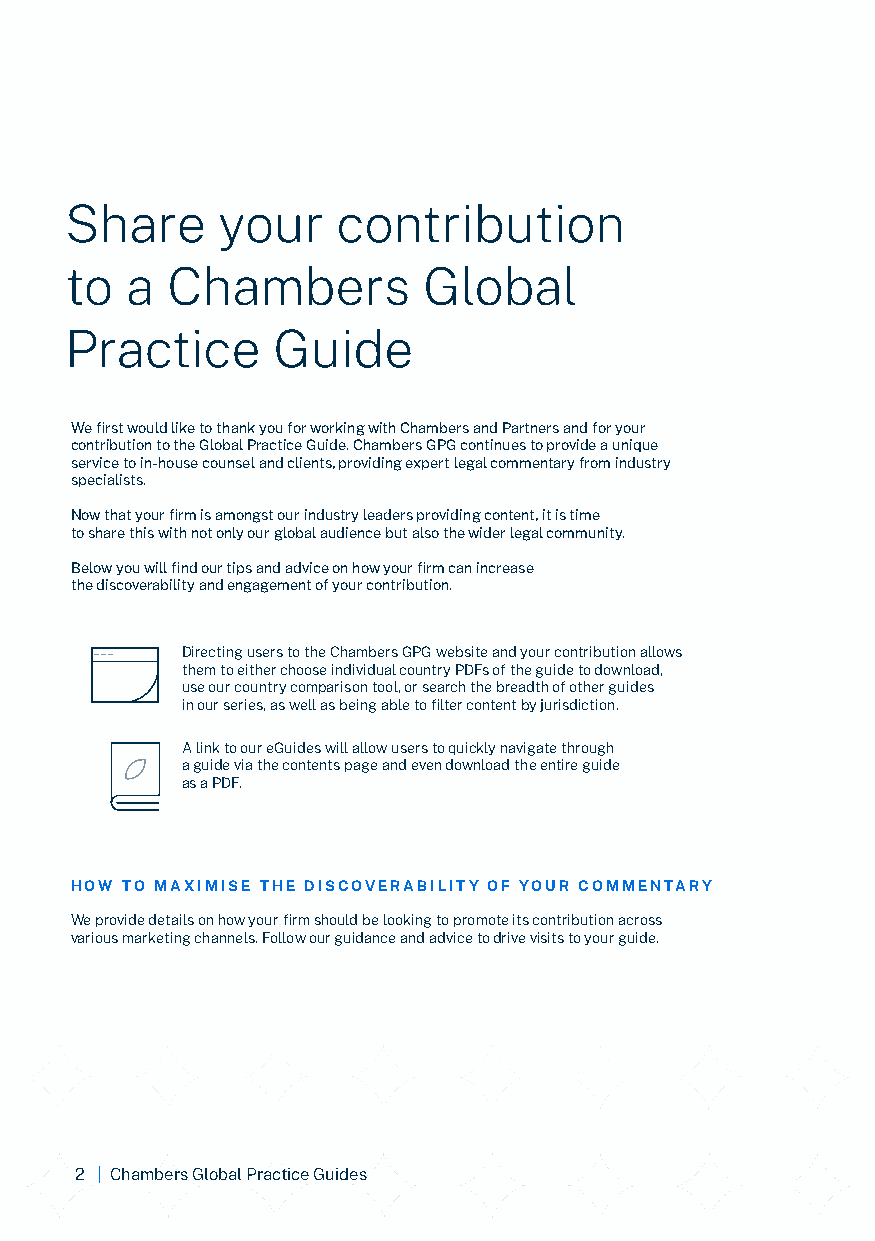
Share     your    contribution
 to  a  Chambers         Global
 Practice      Guide
 We first would like to thank you for working with Chambers and Partners and for your
 contribution to the Global Practice Guide. Chambers GPG continues to provide a unique
 service to in-house counsel and clients, providing expert legal commentary from industry
 specialists.
 Now that your firm is amongst our industry leaders providing content, it is time
 to share this with not only our global audience but also the wider legal community.
 Below you will find our tips and advice on how your firm can increase
 the discoverability and engagement of your contribution.
 Directing users to the Chambers GPG website and your contribution allows
 them to either choose individual country PDFs of the guide to download,
 use our country comparison tool, or search the breadth of other guides
 in our series, as well as being able to filter content by jurisdiction.
 A link to our eGuides will allow users to quickly navigate through
 a guide via the contents page and even download the entire guide
 as a PDF.
 HOW TO MAXIMISE THE DISCOVERABILITY OF YOUR COMMENTARY
 We provide details on how your firm should be looking to promote its contribution across
 various marketing channels. Follow our guidance and advice to drive visits to your guide.
 2 | Chambers Global Practice Guides